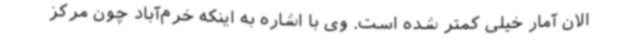
الان آمار خیلی کمتر شده است. وی با اشاره به اینکه خرم‌آباد چون مرکز